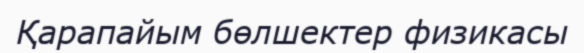
Қарапайым бөлшектер физикасы